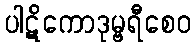
ပါဋိကောဒုမ္ဗရီစေဝ